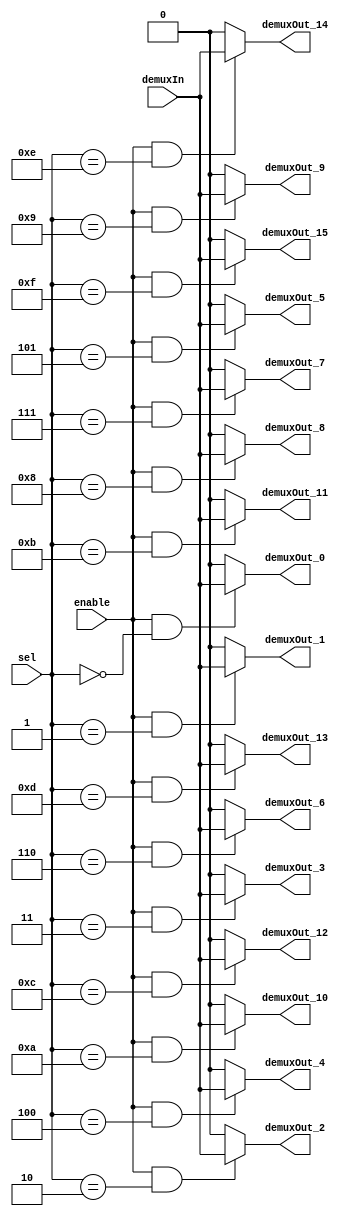
/******************************************************************************
 ** Logisim-evolution goes FPGA automatic generated Verilog code             **
 ** https://github.com/logisim-evolution/                                    **
 **                                                                          **
 ** Component : Demultiplexer_16                                             **
 **                                                                          **
 *****************************************************************************/

module Demultiplexer_16( demuxIn,
                         demuxOut_0,
                         demuxOut_1,
                         demuxOut_10,
                         demuxOut_11,
                         demuxOut_12,
                         demuxOut_13,
                         demuxOut_14,
                         demuxOut_15,
                         demuxOut_2,
                         demuxOut_3,
                         demuxOut_4,
                         demuxOut_5,
                         demuxOut_6,
                         demuxOut_7,
                         demuxOut_8,
                         demuxOut_9,
                         enable,
                         sel );

   /*******************************************************************************
   ** The inputs are defined here                                                **
   *******************************************************************************/
   input       demuxIn;
   input       enable;
   input [3:0] sel;

   /*******************************************************************************
   ** The outputs are defined here                                               **
   *******************************************************************************/
   output demuxOut_0;
   output demuxOut_1;
   output demuxOut_10;
   output demuxOut_11;
   output demuxOut_12;
   output demuxOut_13;
   output demuxOut_14;
   output demuxOut_15;
   output demuxOut_2;
   output demuxOut_3;
   output demuxOut_4;
   output demuxOut_5;
   output demuxOut_6;
   output demuxOut_7;
   output demuxOut_8;
   output demuxOut_9;

   /*******************************************************************************
   ** The module functionality is described here                                 **
   *******************************************************************************/
   assign demuxOut_0   = (enable&(sel == 4'h0 )) ? demuxIn : 0;
   assign demuxOut_1   = (enable&(sel == 4'h1 )) ? demuxIn : 0;
   assign demuxOut_2   = (enable&(sel == 4'h2 )) ? demuxIn : 0;
   assign demuxOut_3   = (enable&(sel == 4'h3 )) ? demuxIn : 0;
   assign demuxOut_4   = (enable&(sel == 4'h4 )) ? demuxIn : 0;
   assign demuxOut_5   = (enable&(sel == 4'h5 )) ? demuxIn : 0;
   assign demuxOut_6   = (enable&(sel == 4'h6 )) ? demuxIn : 0;
   assign demuxOut_7   = (enable&(sel == 4'h7 )) ? demuxIn : 0;
   assign demuxOut_8   = (enable&(sel == 4'h8 )) ? demuxIn : 0;
   assign demuxOut_9   = (enable&(sel == 4'h9 )) ? demuxIn : 0;
   assign demuxOut_10  = (enable&(sel == 4'hA )) ? demuxIn : 0;
   assign demuxOut_11  = (enable&(sel == 4'hB )) ? demuxIn : 0;
   assign demuxOut_12  = (enable&(sel == 4'hC )) ? demuxIn : 0;
   assign demuxOut_13  = (enable&(sel == 4'hD )) ? demuxIn : 0;
   assign demuxOut_14  = (enable&(sel == 4'hE )) ? demuxIn : 0;
   assign demuxOut_15  = (enable&(sel == 4'hF )) ? demuxIn : 0;
endmodule